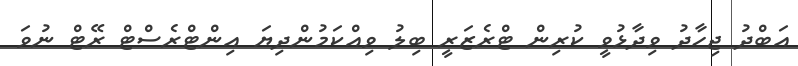
އަބްދު ޖިހާދު ވިދާޅުވީ ކުރިން ޓްރެޒަރީ ބިލު ވިއްކަމުންދިޔަ އިންޓްރެސްޓް ރޭޓް ނުވަ